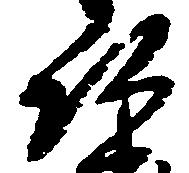
次